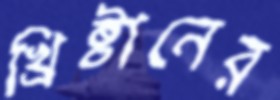
খ্রিষ্টানের